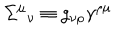
\Sigma ^ { \mu } { } _ { \nu } \equiv g _ { \nu \rho } \gamma ^ { \rho \mu }